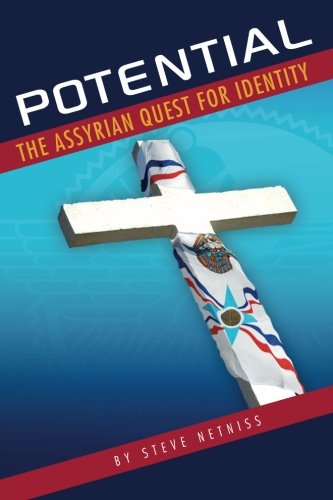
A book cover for POTENTIAL: The Assyrian Quest for Identity: What does it mean to be an Assyrian from a Christian perspective?; Steve Netniss; Christian Books & Bibles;